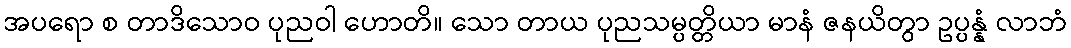
အပရော စ တာဒိသောဝ ပုညဝါ ဟောတိ။ သော တာယ ပုညသမ္ပတ္တိယာ မာနံ ဇနယိတွာ ဥပ္ပန္နံ လာဘံ